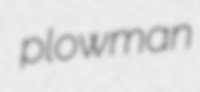
plowman